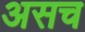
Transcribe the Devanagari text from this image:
असच